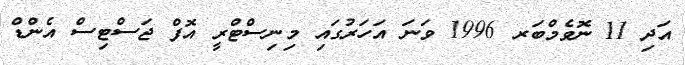
އަދި 11 ނޮވެމްބަރ 1996 ވަނަ އަހަރުގައި މިނިސްޓްރީ އޮފް ޖަސްޓިސް އެންޑް